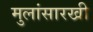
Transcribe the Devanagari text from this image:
मुलांसारखी